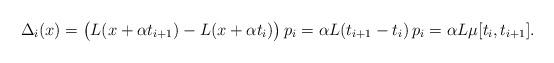
LaTeX: \begin{align*}\Delta_i(x) &= \bigl( L(x+\alpha t_{i+1}) - L(x+\alpha t_{i}) \bigr)\,p_i =\alpha L (t_{i+1} - t_{i})\,p_i = \alpha L \mu[t_{i}, t_{i+1}].\end{align*}